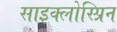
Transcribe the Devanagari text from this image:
साइक्लोस्प्रिन